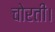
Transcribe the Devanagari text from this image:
चोरती।